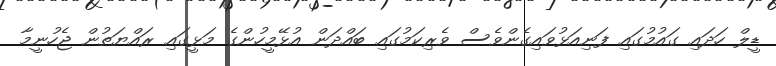
ޑީލް ހަދައި ގައުމުގައި ފަނިއަޅުވައިގެންވެސް ވެރިކަމުގައި ބައްދަން އުޅޭމީހުންގެ މަޅީގައި ރައްޔަތުން ޖެހުނީމާ